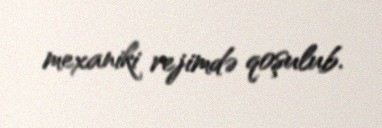
mexaniki rejimdə qoşulub.